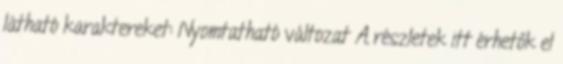
látható karaktereket: Nyomtatható változat A részletek itt érhetők el